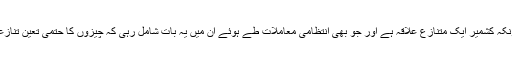
1962 سے اب تک یہاں خاموشی رہی کیونکہ کشمیر ایک متنازع علاقہ ہے اور جو بھی انتظامی معاملات طے ہوئے ان میں یہ بات شامل رہی کہ چیزوں کا حتمی تعین تنازعہ کشمیر کے حتمی حل کے ساتھ ہی ہو گا۔